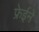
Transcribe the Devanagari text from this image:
फ्रेईने